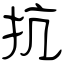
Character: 抗